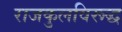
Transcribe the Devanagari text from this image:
राजकुलविरूद्ध